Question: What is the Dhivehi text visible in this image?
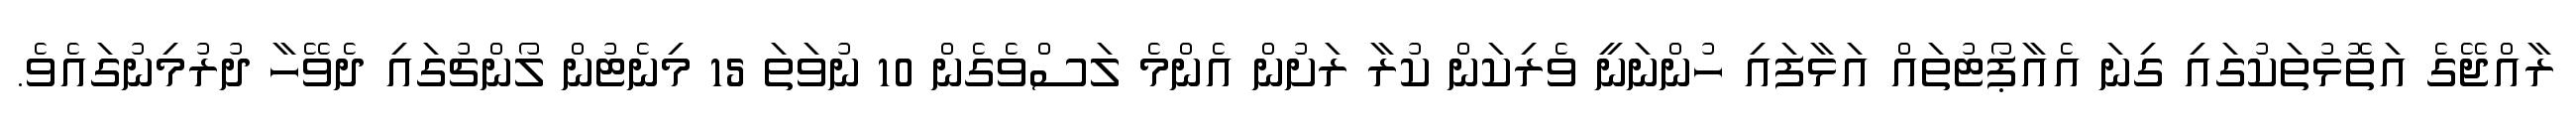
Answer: ރާއްޖޭގެ އަތޮޅުތަކުގައި ގިނަ އެއާޕޯޓުތައް އަޅާފައި ހުންނަނީ ވެރިކަން ކުރާ ރަށުން އެންމެ ލަސްވެގެން 10 ނުވަތަ 15 މިނެޓުން ލޯންޗުގައި ދެވޭހާ ދުރުމިނުގައެވެ.